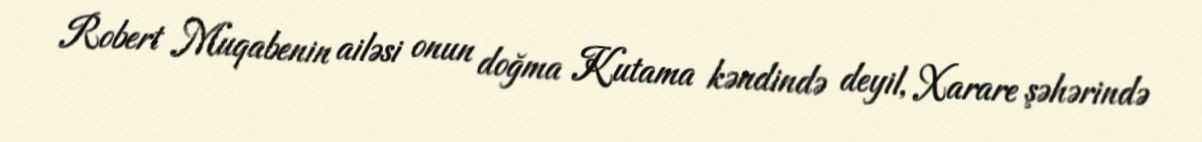
Robert Muqabenin ailəsi onun doğma Kutama kəndində deyil, Xarare şəhərində